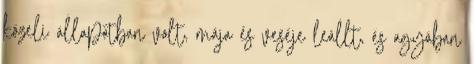
közeli állapotban volt, mája és veséje leállt, és agyában